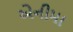
એનીમા